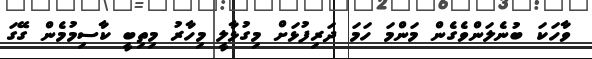
ވާހަކަ ބުނެލަންވެގެން މަންމަ ހަމަ ދަރިފުޅަށް މިގުޅާލީ މިހާރު މިތިބީ ކާސިމުމެން ގޭގަ